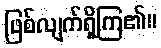
ဖြစ်လျက်ရှိကြ၏။